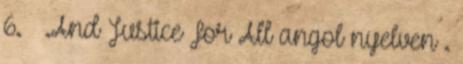
6. ↑ .And Justice For All angol nyelven .